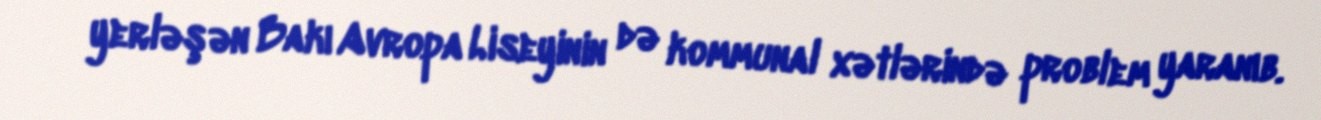
yerləşən Bakı Avropa Liseyinin də kommunal xətlərində problem yaranıb.